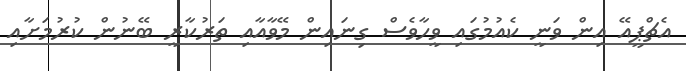
އެޗްޕީއޭ އިން ވަނީ ކެއުމުގައި ވީހާވެސް ގިނައިން މޭވާއާއި ތަރުކާރީ ބޭނުން ކުރުމަށާއި